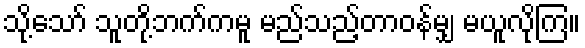
သို့သော် သူတို့ဘက်ကမူ မည်သည့်တာဝန်မျှ မယူလိုကြ။